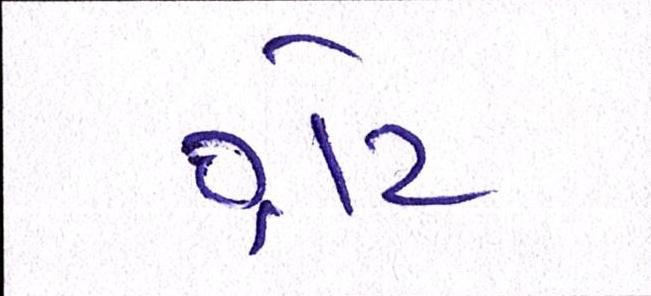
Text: ગ્રેટ